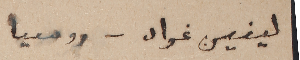
لينين غراد – روسيا